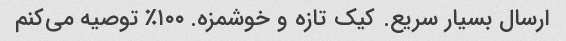
ارسال بسیار سریع. کیک تازه و خوشمزه. ۱۰۰٪ توصیه می‌کنم